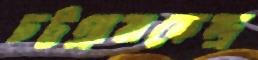
চট্টগ্রামকেন্দ্র